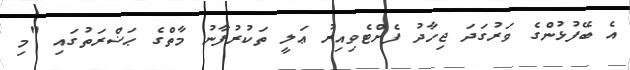
އެ ބޭފުޅުންގެ ވަރުގަދަ ޖިހާދު ފެށްޓެވިއިރު ޢަލީ ތަކުރުފާނު މާތްގެ ޙަޟްރަތުގައި "މި